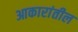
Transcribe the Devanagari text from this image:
आकारांतील